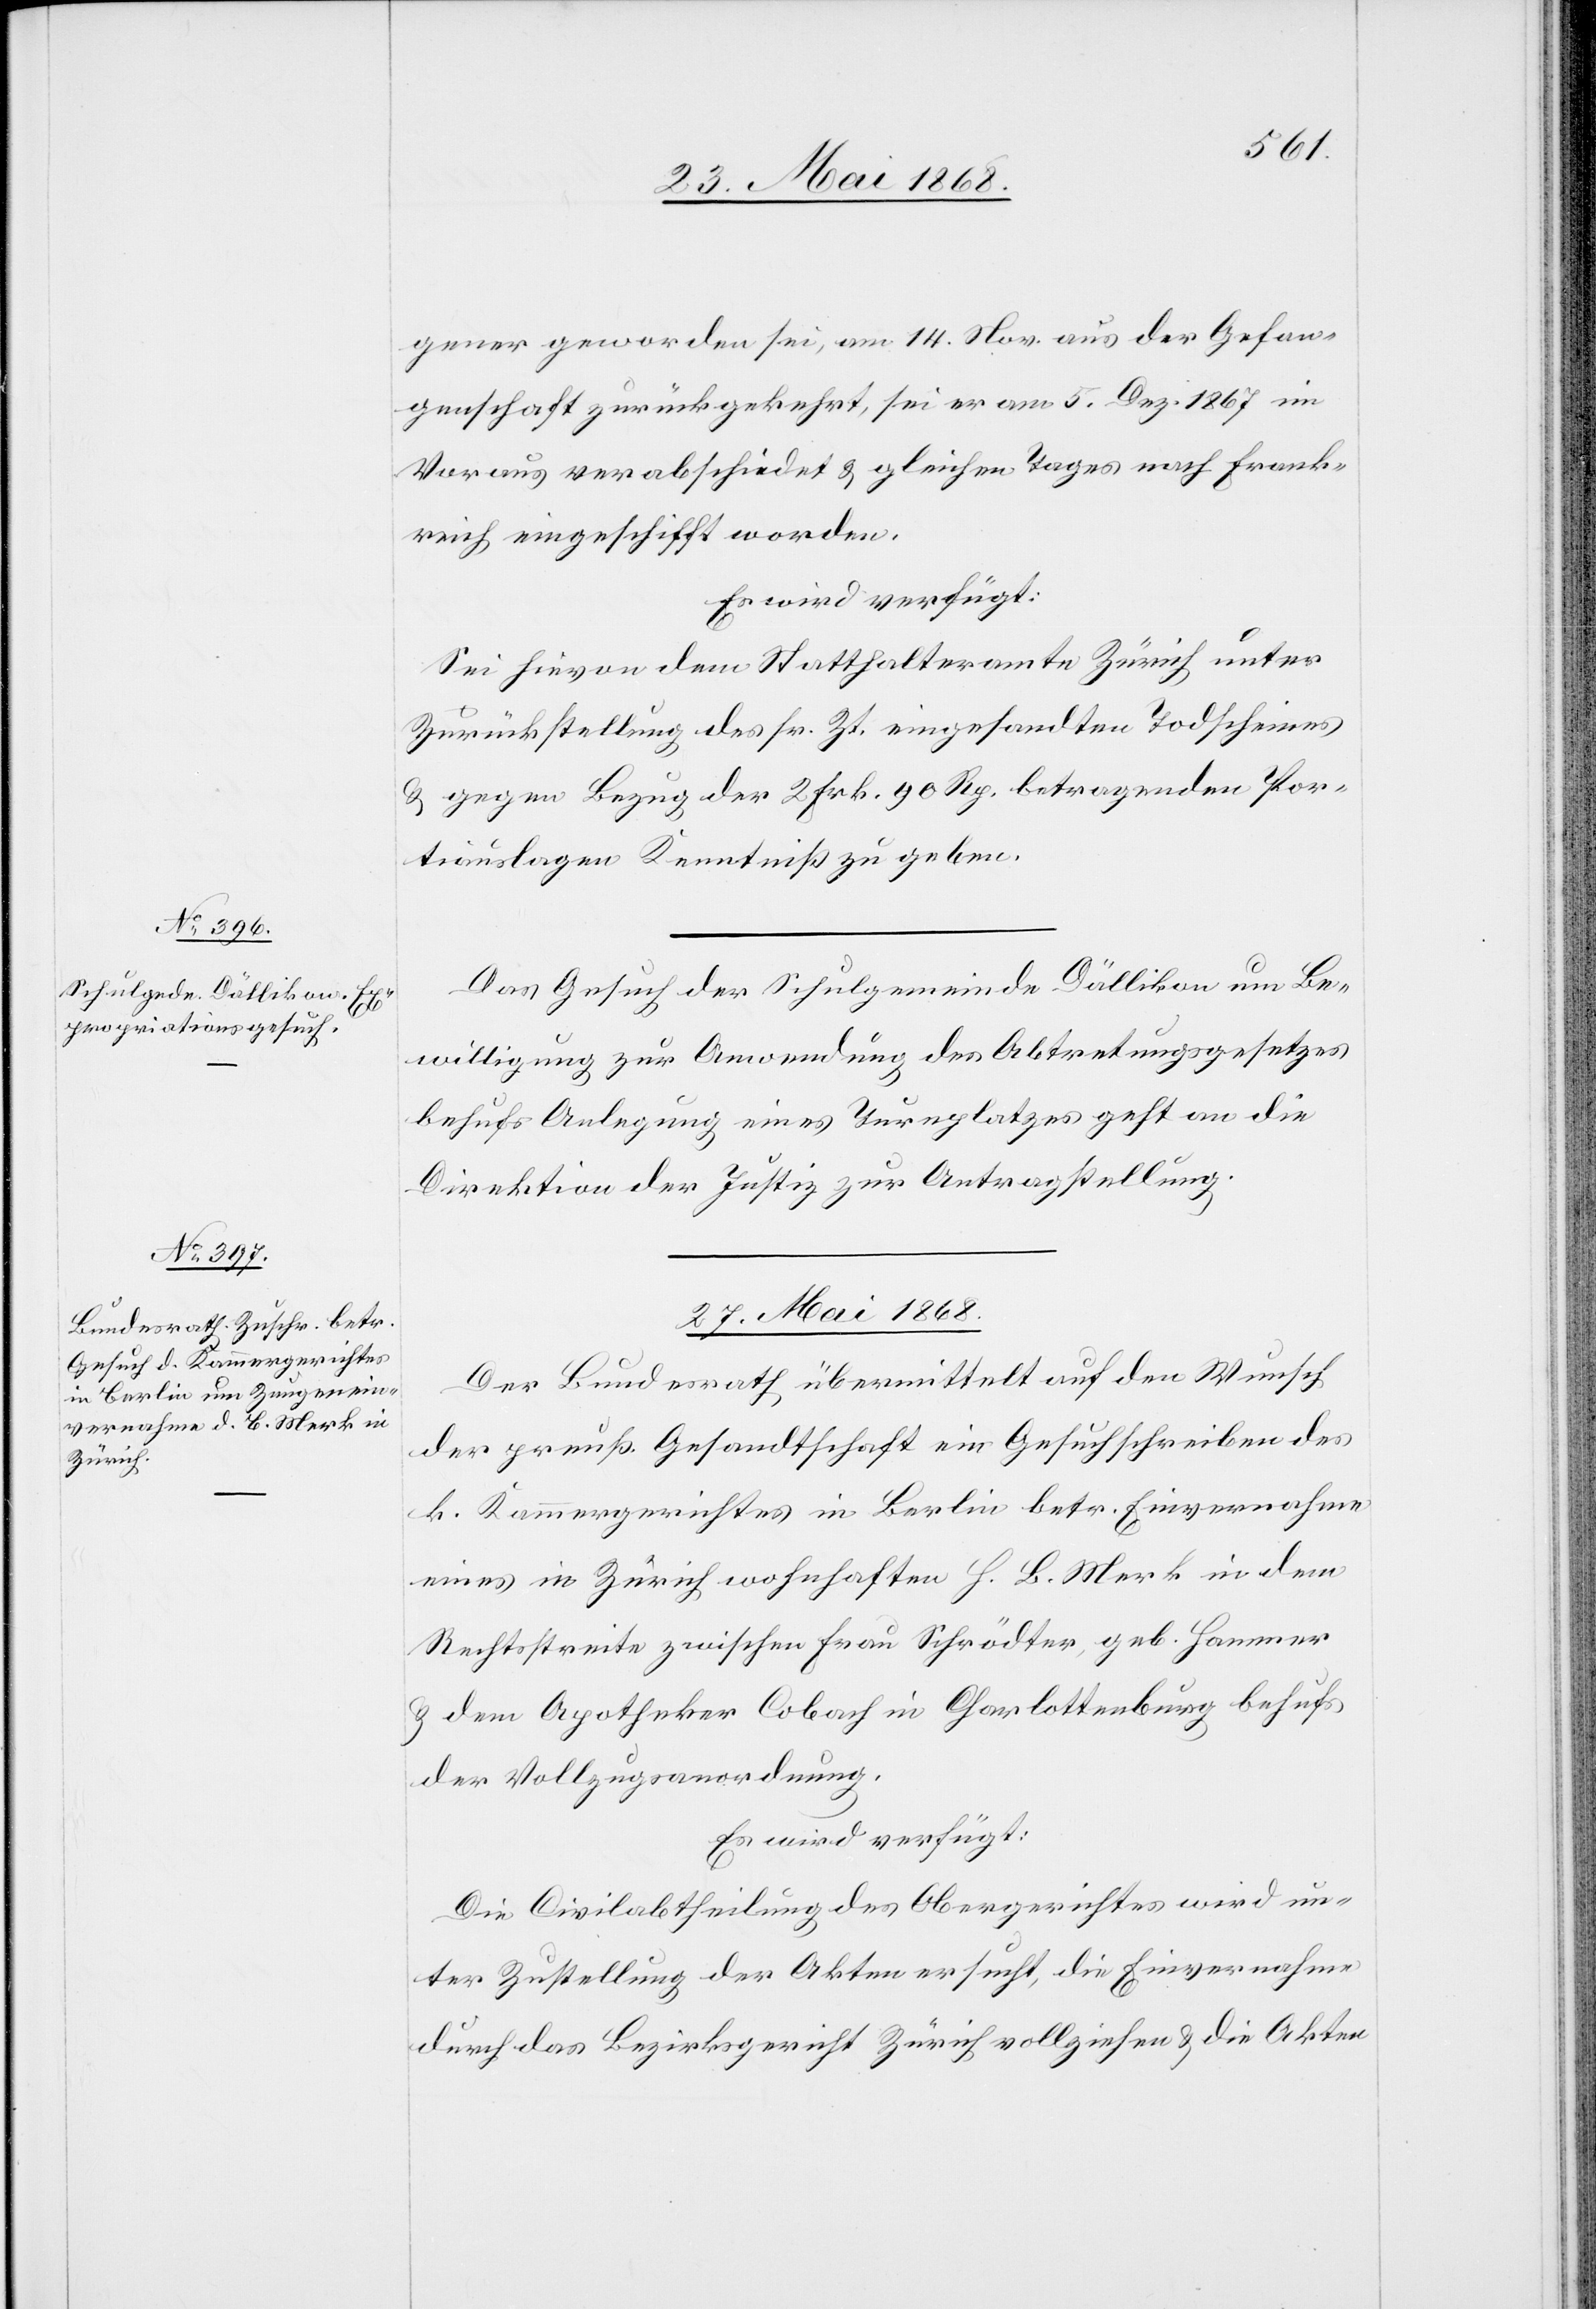
26. Mai 1868.]
gener geworden sei, am 14. Nov. aus der Gefan¬
genschaft zurückgekehrt, sei er am 5. Dez. 1867 im
Voraus verabschiedet & gleichen Tages nach Frank¬
reich eingeschifft worden.
Es wird verfügt:
Sei hievon dem Statthalteramte Zürich unter
Zurückstellung des sr. Zt. eingesandten Todscheines
& gegen Bezug der 2 Frk. 90 Rp. betragenden Por¬
tiauslagen Kenntniß zu geben.
Das Gesuch der Schulgemeinde Dällikon um Be¬
willigung zur Anwendung des Abtretungsgesetzes
behufs Anlegung eines Turnplatzes geht an die
Direktion der Justiz zur Antragstellung.
27. Mai 1868.
Der Bundesrath übermittelt auf den Wunsch
der preuß. Gesandtschaft ein Gesuchschreiben des
k. Kammergerichtes in Berlin betr. Einvernahme
eines in Zürich wohnhaften H. B. Merk in dem
Rechtsstreite zwischen Frau Schrödter, geb. Hammer
& dem Apotheker Cobach in Charlottenburg behufs
der Vollzugsanordnung.
Es wird verfügt:
Die Civilabtheilung des Obergerichtes wird un¬
ter Zustellung der Akten ersucht, die Einvernahme
durch das Bezirksgericht Zürich vollziehen & die Akten